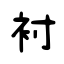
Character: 袝